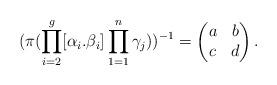
LaTeX: \begin{align*}(\pi(\prod_{i=2}^g[\alpha_i.\beta_i]\prod_{1=1}^n\gamma_j))^{-1}=\begin{pmatrix}a&b\\c&d\end{pmatrix}.\end{align*}